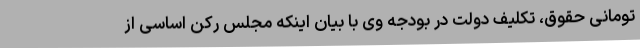
تومانی حقوق، تکلیف دولت در بودجه وی با بیان اینکه مجلس رکن اساسی از